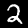
Label: 2